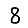
Digit: 8